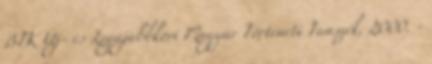
BTK Új- és Legújabbkori Magyar Történeti Tanszék, 2000. -